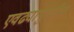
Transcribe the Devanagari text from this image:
एवढ्यापुरतीच